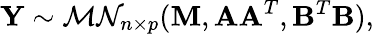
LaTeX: \mathbf{Y}\sim{\mathcal{MN}}_{n\times p}(\mathbf{M},\mathbf{AA}^{T},\mathbf{B}^{T}\mathbf{B}),